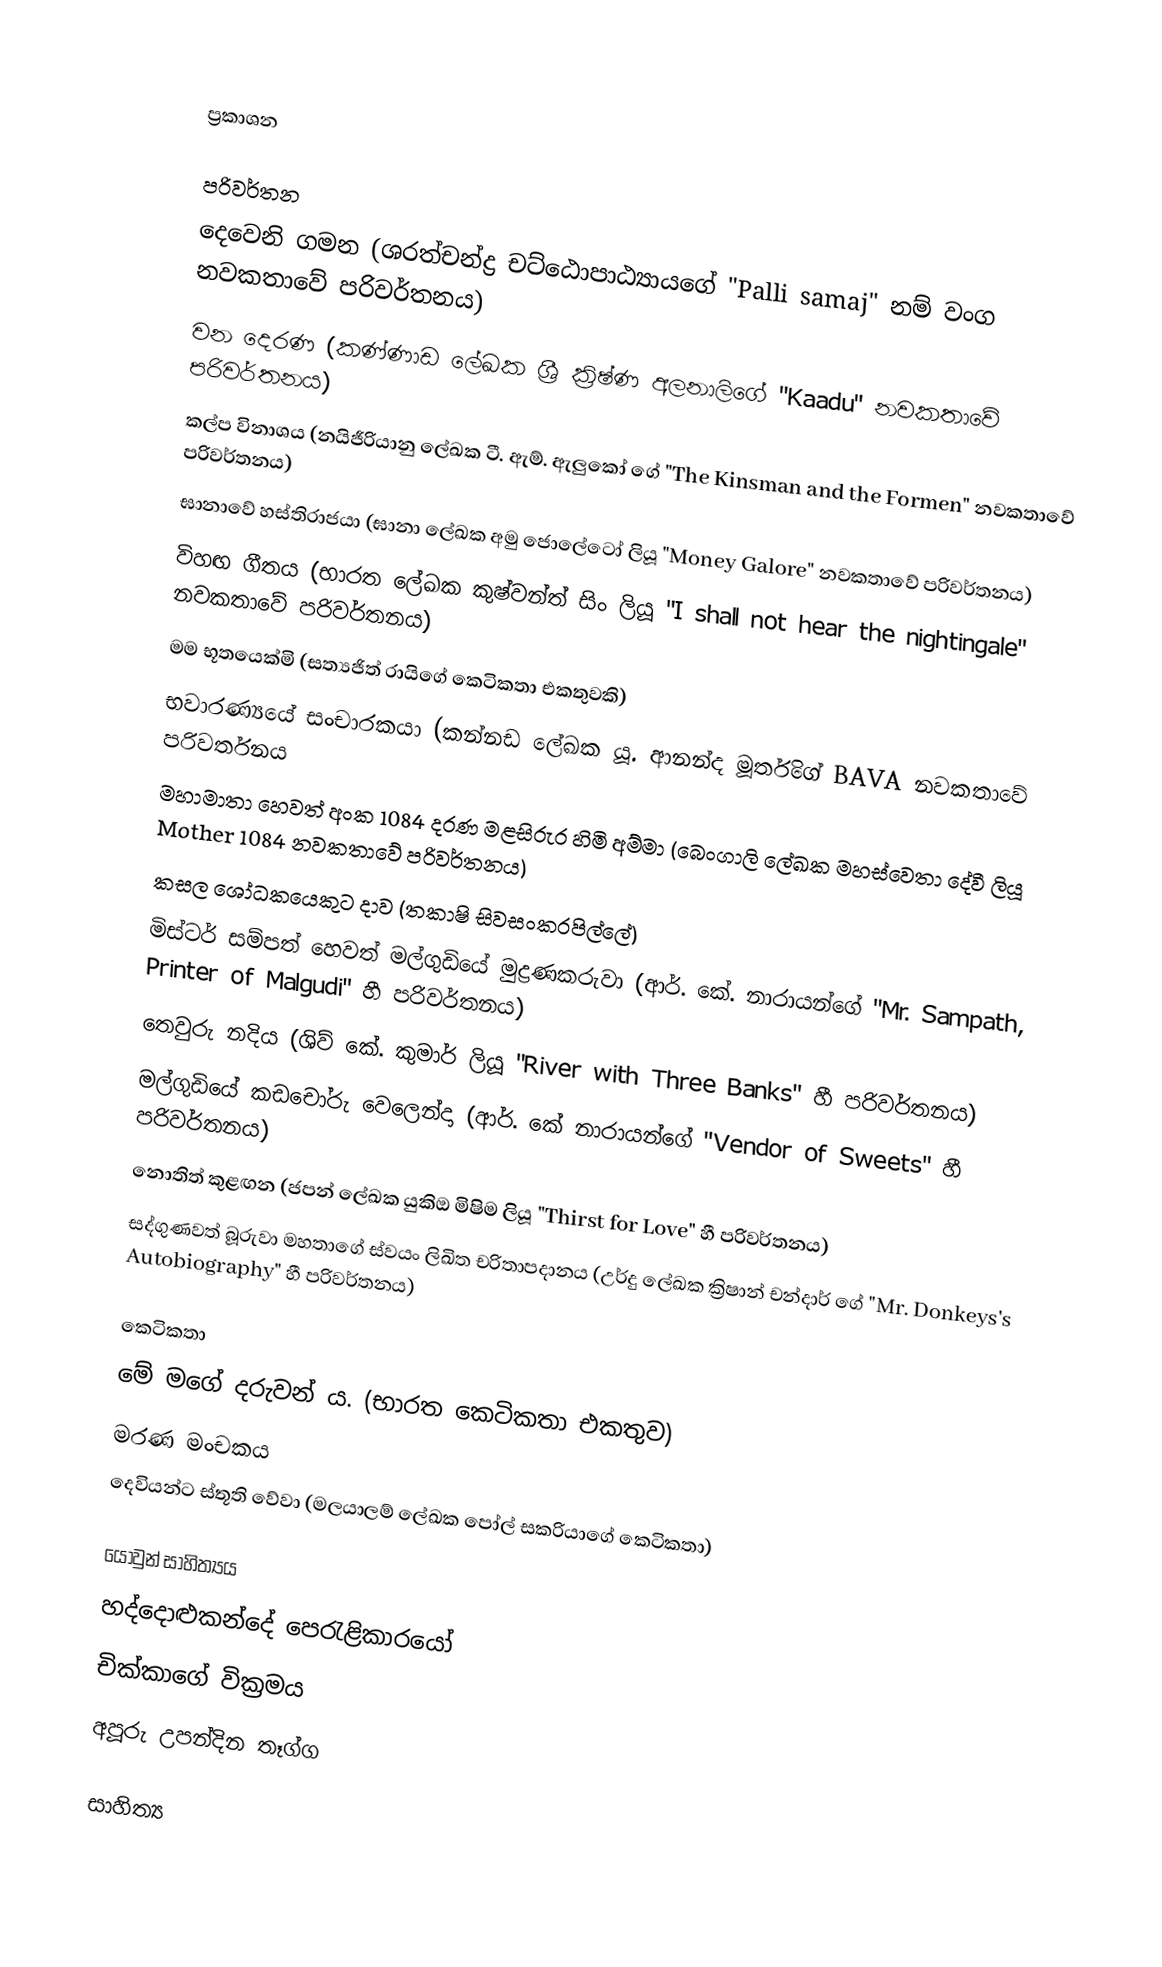

ප්‍රකාශන

පරිවර්තන
 දෙවෙනි ගමන (ශරත්චන්ද්‍ර චට්ඨොපාඨ්‍යායගේ "Palli samaj" නම් වංග නවකතාවේ පරිවර්තනය)
 වන දෙරණ (කණ්ණාඩ ලේඛක ශ්‍රී ක්‍රිෂ්ණ අලනාලිගේ "Kaadu" නවකතාවේ පරිවර්තනය)
 කල්ප විනාශය (නයිජීරියානු ලේඛක ටී. ඇම්. ඇලු‍කෝ ගේ "The Kinsman and the Formen" නවකතාවේ පරිවර්තනය)
 ඝානාවේ හස්තිරාජයා (ඝානා ලේඛක අමු ජොලේටෝ ලියූ "Money Galore" නවකතා‍වේ පරිවර්තනය)
 විහඟ ගීතය (භාරත ලේඛක කුෂ්වන්ත් සිං ලියූ "I shall not hear the nightingale" නවකතාවේ පරිවර්තනය)
 මම භූතයෙක්මි (සත්‍යජිත් රායිගේ කෙටිකතා එකතුවකි)
 භවාරණ්‍යයේ සංචාරකයා (කන්නඩ ලේඛක යූ. ආනන්ද මූර්තිගේ BAVA නවකතාවේ පරිවර්තනය
 මහාමාතා හෙවත් අංක 1084 දරණ මළසිරුර හිමි අම්මා (බෙංගාලි ‍ලේඛක මහස්වෙතා දේවී ‍ලියූ Mother 1084 නවකතාවේ පරිවර්තනය)
 කසල ශෝධකයෙකුට දාව (තකාෂි සිවසංකරපිල්ලේ)
 මිස්ටර් සම්පත් හෙවත් මල්ගුඩි‍යේ මුද්‍රණකරුවා (ආර්. කේ. නාරායන්ගේ "Mr. Sampath, Printer of Malgudi" හී පරිවර්තනය)
 ‍තෙවුරු නදිය (ශිව් කේ. කුමාර් ලියූ "River with Three Banks" හී පරිවර්තනය)
 මල්ගුඩියේ කඩචෝරු වෙලෙන්දා (ආර්. කේ නාරායන්ගේ "Vendor of Sweets" හී පරිවර්තනය)
 නොතිත් කුළඟන (ජපන් ලේඛක යුකිඔ මිෂිම ලියූ "Thirst for Love" හී පරිවර්තනය)
 සද්ගුණවත් බූරුවා මහතාගේ ස්වයං ලිඛිත චරිතාපදානය (උර්දු ලේඛක ක්‍රිෂාන් චන්දාර් ගේ "Mr. Donkeys's Autobiography" හී පරිවර්තනය)

කෙටිකතා
 මේ මගේ දරුවන් ය. (භාරත කෙටිකතා එකතුව)
 මරණ මංචකය
 දෙවියන්ට ස්තූති වේවා (මලයාලම් ලේඛක පෝල් සකරියාගේ කෙටිකතා)

යොවුන් සාහිත්‍යය
 හද්දොළුකන්දේ පෙරැළිකාරයෝ
 චික්කාගේ වික්‍රමය
 අපූරු උපන්දින තෑග්ග

සාහිත්‍ය